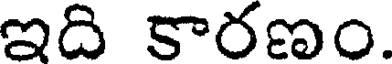
ఇది కారణం.